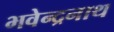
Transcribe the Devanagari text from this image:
भवेन्द्रनाथ